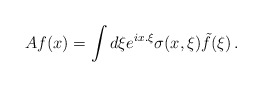
\begin{align*}Af(x)=\int d\xi e^{ix.\xi}\sigma(x,\xi)\tilde{f}(\xi)\,.\end{align*}